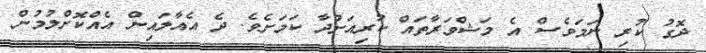
ދޮގު ކުރި ނަމަވެސް އެ މަޝްވަރާތައް ކުރިއަށްދާ ކަމަށެވެ. ދެ އެއާލައިން އެއްކޮށްލުމުން